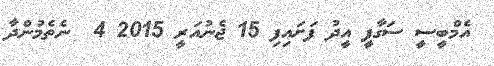
އެމްބީސީ ސަގާފީ އީދު ފަށައިފި 15 ޖެނުއަރީ 2015 4  ނެތެމުންދާ